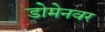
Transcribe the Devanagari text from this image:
डोमेनवर